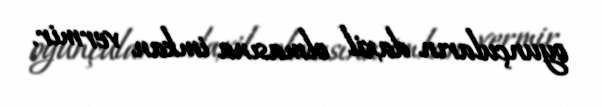
oyunçuların daxil olmasına imkan vermir.